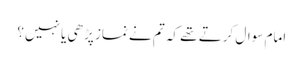
امام سوال کرتے تھے کہ تم نے نماز پڑھی یا نہیں؟